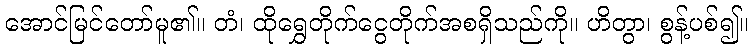
အောင်မြင်တော်မူ၏။ တံ၊ ထိုရွှေတိုက်ငွေတိုက်အစရှိသည်ကို။ ဟိတွာ၊ စွန့်ပစ်၍။